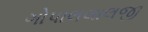
ગોપાલલાલજી